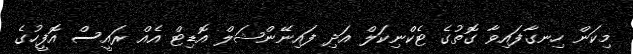
މިކަން ހިނގާފައިވާ ގޮތުގެ ޓެކްނިކަލް އަދި ފައިނޭންޝަލް އޮޑިޓް އެއް ރައީސް އޮފީހުގެ